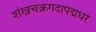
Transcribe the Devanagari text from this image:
शंखचक्रगदापद्मधरं